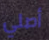
أصلي